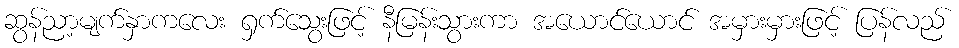
ဆွန်ညာ့မျက်နှာကလေး ရှက်သွေးဖြင့် နီမြန်းသွားကာ အယောင်ယောင် အမှားမှားဖြင့် ပြန်လည်